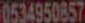
0534950857